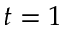
t = 1